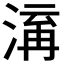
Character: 𭱋